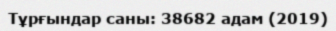
Тұрғындар саны: 38682 адам (2019)